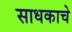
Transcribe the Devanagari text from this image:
साधकाचे